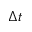
\Delta t